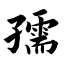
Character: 孺